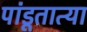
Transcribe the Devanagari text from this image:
पांडूतात्या